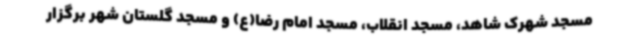
مسجد شهرک شاهد، مسجد انقلاب، مسجد امام رضا(ع) و مسجد گلستان شهر برگزار